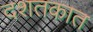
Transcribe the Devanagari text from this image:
दशतकात